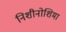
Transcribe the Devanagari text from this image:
निशीनोशिमा